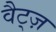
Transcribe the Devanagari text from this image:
वैट्ज़